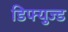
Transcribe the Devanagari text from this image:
डिफ्युज्ड